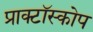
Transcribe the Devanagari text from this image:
प्राक्टॉस्कोप